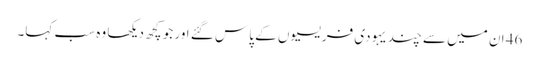
46 ان میں سے چند یہودی فریسیوں کے پاس گئے اور جو کچھ دیکھا وہ سب کہا۔